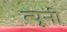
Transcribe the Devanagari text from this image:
त्‍यूनी